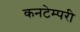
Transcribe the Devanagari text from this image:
कनटेम्परी